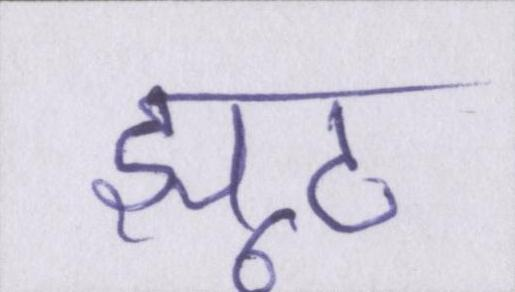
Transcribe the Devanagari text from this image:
झूठ